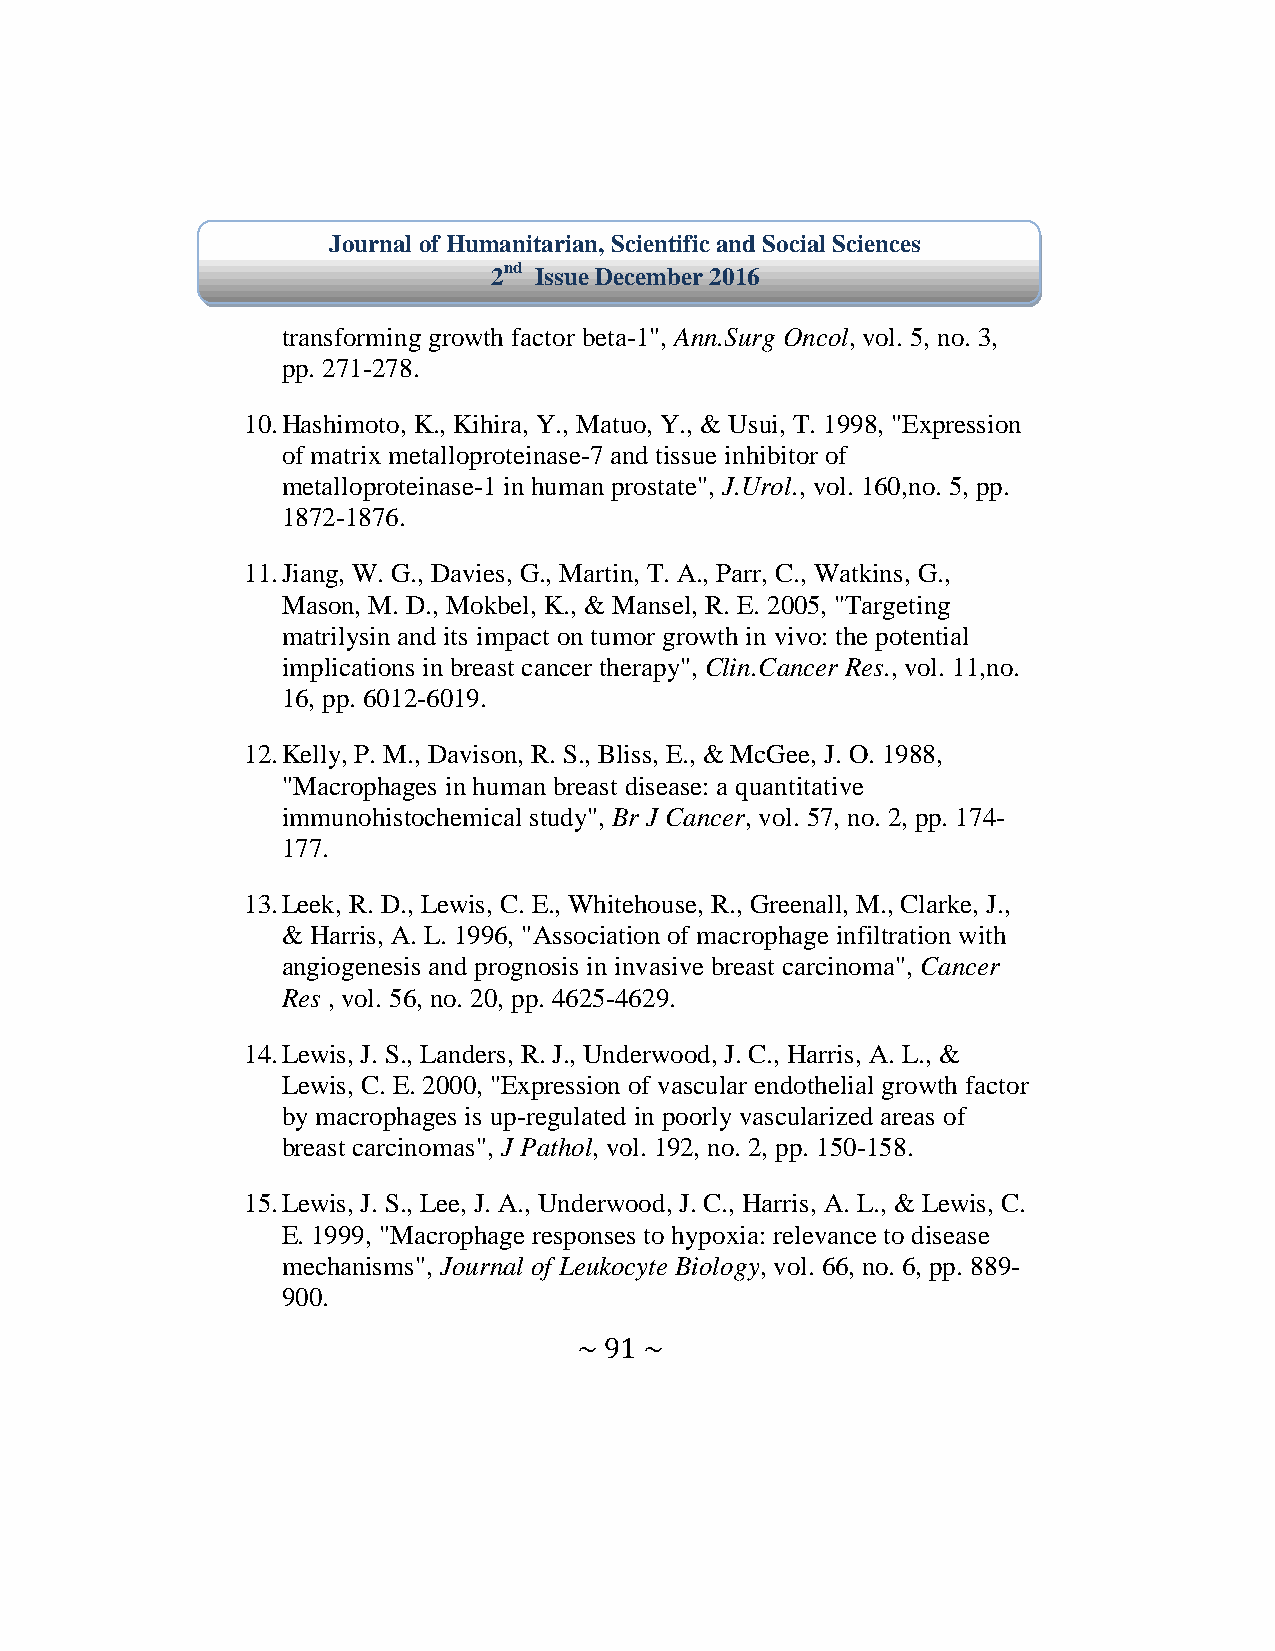
Journal of Humanitarian, Scientific and Social Sciences
 2nd Issue December 2016
 transforming growth factor beta-1", Ann.Surg Oncol, vol. 5, no. 3,
 pp. 271-278.
 10. Hashimoto, K., Kihira, Y., Matuo, Y., & Usui, T. 1998, "Expression
 of matrix metalloproteinase-7 and tissue inhibitor of
 metalloproteinase-1 in human prostate", J.Urol., vol. 160,no. 5, pp.
 1872-1876.
 11. Jiang, W. G., Davies, G., Martin, T. A., Parr, C., Watkins, G.,
 Mason, M. D., Mokbel, K., & Mansel, R. E. 2005, "Targeting
 matrilysin and its impact on tumor growth in vivo: the potential
 implications in breast cancer therapy", Clin.Cancer Res., vol. 11,no.
 16, pp. 6012-6019.
 12. Kelly, P. M., Davison, R. S., Bliss, E., & McGee, J. O. 1988,
 "Macrophages in human breast disease: a quantitative
 immunohistochemical study", Br J Cancer, vol. 57, no. 2, pp. 174-
 177.
 13. Leek, R. D., Lewis, C. E., Whitehouse, R., Greenall, M., Clarke, J.,
 & Harris, A. L. 1996, "Association of macrophage infiltration with
 angiogenesis and prognosis in invasive breast carcinoma", Cancer
 Res , vol. 56, no. 20, pp. 4625-4629.
 14. Lewis, J. S., Landers, R. J., Underwood, J. C., Harris, A. L., &
 Lewis, C. E. 2000, "Expression of vascular endothelial growth factor
 by macrophages is up-regulated in poorly vascularized areas of
 breast carcinomas", J Pathol, vol. 192, no. 2, pp. 150-158.
 15. Lewis, J. S., Lee, J. A., Underwood, J. C., Harris, A. L., & Lewis, C.
 E. 1999, "Macrophage responses to hypoxia: relevance to disease
 mechanisms", Journal of Leukocyte Biology, vol. 66, no. 6, pp. 889-
 900.
 ~ 91 ~